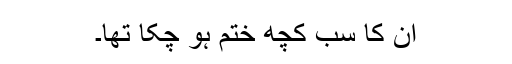
ان کا سب کچھ ختم ہو چکا تھا۔